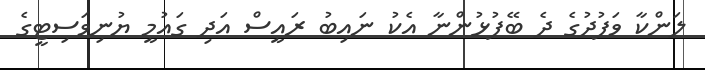
ލަންކާ ވަފުދުގެ ދެ ބޭފުޅުންނާ އެކު ނައިބު ރައީސް އަދި ގައުމީ ޔުނިވަސިޓީގެ